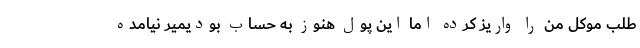
طلب موکل من را واریز کرده اما این پول هنوز به حساب بودیمیر نیامده